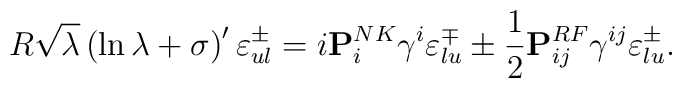
R \sqrt{\lambda} \left( \ln {\lambda} + \sigma \right) ' \varepsilon^{\pm}_{ul} = i {\bf P}^{NK}_i \gamma^i \varepsilon^{\mp}_{lu} \pm {1 \over 2} {\bf P}_{ij}^{RF} \gamma^{ij} \varepsilon^{\pm}_{lu} .